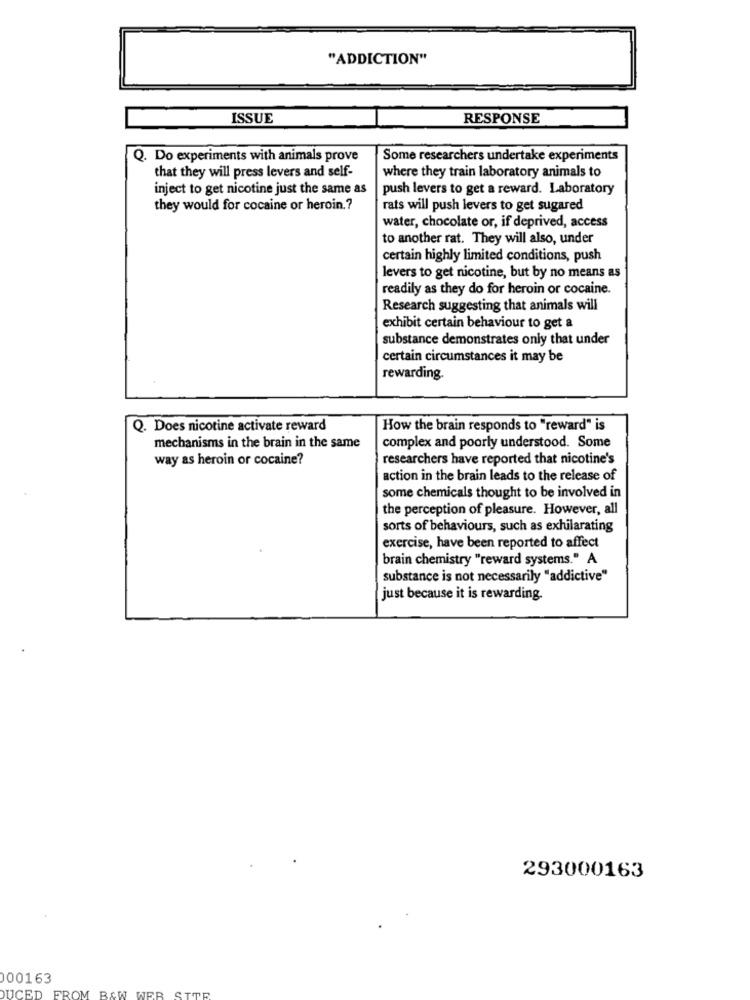
"ADDICTION"
ISSUE
RESPONSE
Q. Do experiments with animals prove
Some researchers undertake experiments
that they will press levers and self-
where they train laboratory animals to
inject to get nicotine just the same as
push levers to get a reward. Laboratory
they would for cocaine or heroin .?
rats will push levers to get sugared
water, chocolate or, if deprived, access
to another rat. They will also, under
certain highly limited conditions, push
levers to get nicotine, but by no means as
readily as they do for heroin or cocaine.
Research suggesting that animals will
exhibit certain behaviour to get a
substance demonstrates only that under
certain circumstances it may be
rewarding.
Q. Does nicotine activate reward
How the brain responds to "reward" is
mechanisms in the brain in the same
complex and poorly understood. Some
way as heroin or cocaine?
researchers have reported that nicotine's
action in the brain leads to the release of
some chemicals thought to be involved in
the perception of pleasure. However, all
sorts of behaviours, such as exhilarating
exercise, have been reported to affect
brain chemistry "reward systems." A
substance is not necessarily "addictive"
just because it is rewarding.
293000163
00163
DUCED
FROM B&W WER STTR